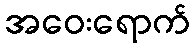
အဝေးရောက်